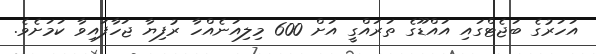
އަހަރުގެ ބަޖެޓްގައި އައްޑޫގެ ތަރައްގީ އަށް 600 މިލިއަނެއްހާ ރުފިޔާ ޖަހާފައިވާ ކަމަށެވެ.